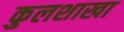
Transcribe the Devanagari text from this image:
कुलशाखा